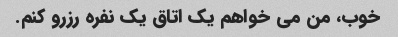
خوب، من می خواهم یک اتاق یک نفره رزرو کنم.